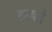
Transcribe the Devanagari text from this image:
हन्यते